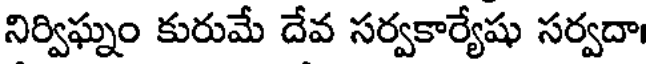
నిర్విఘ్నం కురుమే దేవ సర్వకార్యేషు సర్వదా।